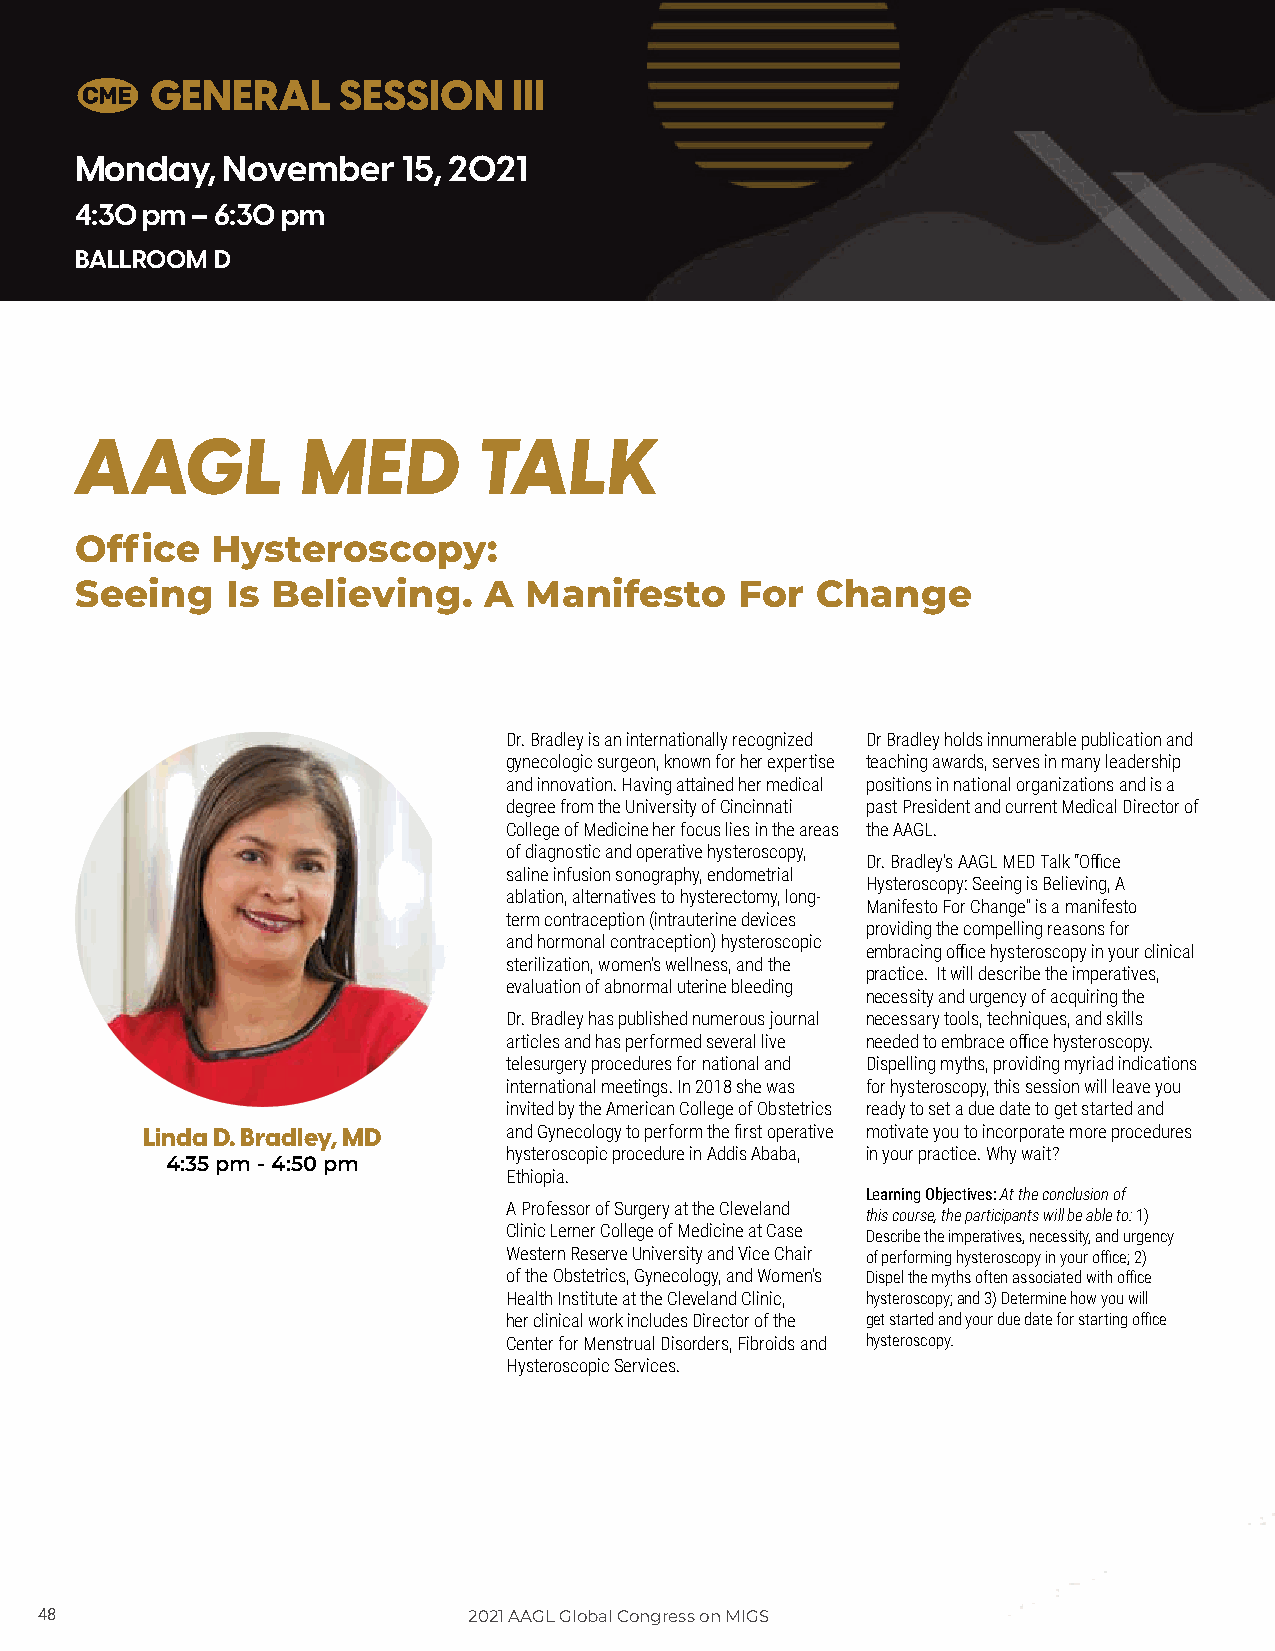
C
 GENERAL     SESSION     III
 Monday,   November    15, 2021
 4:30 pm – 6:30 pm
 BALLROOM D
 AAGL           MED         TALK
 Office   Hysteroscopy:
 Seeing    Is Believing.    A  Manifesto     For  Change
 Dr. Bradley is an internationally recognized Dr Bradley holds innumerable publication and
 gynecologic surgeon, known for her expertise teaching awards, serves in many leadership
 and innovation. Having attained her medical positions in national organizations and is a
 degree from the University of Cincinnati past President and current Medical Director of
 College of Medicine her focus lies in the areas the AAGL.
 of diagnostic and operative hysteroscopy,
 Dr. Bradley’s AAGL MED Talk “Office
 saline infusion sonography, endometrial
 Hysteroscopy: Seeing is Believing, A
 ablation, alternatives to hysterectomy, long-
 Manifesto For Change” is a manifesto
 term contraception (intrauterine devices
 providing the compelling reasons for
 and hormonal contraception) hysteroscopic
 embracing office hysteroscopy in your clinical
 sterilization, women’s wellness, and the
 practice. It will describe the imperatives,
 evaluation of abnormal uterine bleeding
 necessity and urgency of acquiring the
 Dr. Bradley has published numerous journal necessary tools, techniques, and skills
 articles and has performed several live needed to embrace office hysteroscopy.
 telesurgery procedures for national and Dispelling myths, providing myriad indications
 international meetings. In 2018 she was for hysteroscopy, this session will leave you
 invited by the American College of Obstetrics ready to set a due date to get started and
 Linda D. Bradley, MD     and Gynecology to perform the first operative motivate you to incorporate more procedures
 hysteroscopic procedure in Addis Ababa, in your practice. Why wait?
 4:35 pm - 4:50 pm
 Ethiopia.
 Learning Objectives: At the conclusion of
 A Professor of Surgery at the Cleveland
 this course, the participants will be able to: 1)
 Clinic Lerner College of Medicine at Case Describe the imperatives, necessity, and urgency
 Western Reserve University and Vice Chair of performing hysteroscopy in your office; 2)
 of the Obstetrics, Gynecology, and Women’s Dispel the myths often associated with office
 Health Institute at the Cleveland Clinic, hysteroscopy; and 3) Determine how you will
 her clinical work includes Director of the get started and your due date for starting office
 Center for Menstrual Disorders, Fibroids and hysteroscopy.
 Hysteroscopic Services.
 4488                         22002211 AAAAGGLL GGlloobbaall CCoonnggrreessss oonn MMIIGGSS